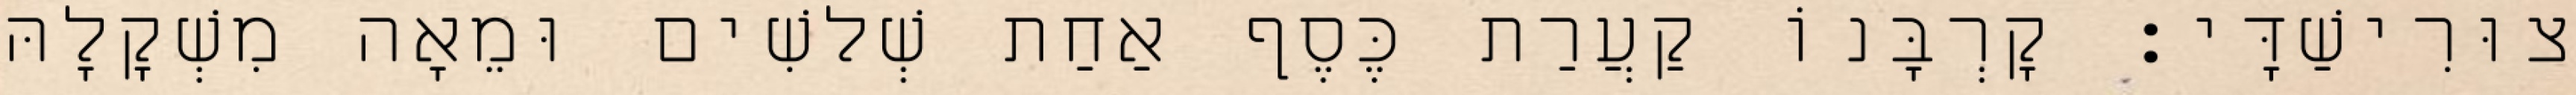
צוּרִישַׁדָּי׃ קָרְבָּנוֹ קַעֲרַת כֶּסֶף אַחַת שְׁלשִׁים וּמֵאָה מִשְׁקָלָהּ